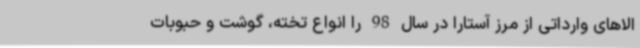
الاهای وارداتی از مرز آستارا در سال 98 را انواع تخته، گوشت و حبوبات